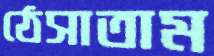
ঠেসাতাম